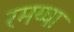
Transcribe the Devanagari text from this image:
रमय्या